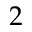
2